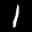
Label: 1